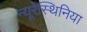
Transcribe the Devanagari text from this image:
न्यूरेस्थिनिया